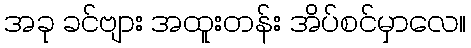
အခု ခင်ဗျား အထူးတန်း အိပ်စင်မှာလေ။